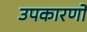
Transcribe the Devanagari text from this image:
उपकारणों